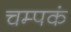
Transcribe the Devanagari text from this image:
चम्पकं